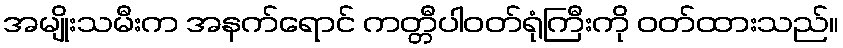
အမျိုးသမီးက အနက်ရောင် ကတ္တီပါဝတ်ရုံကြီးကို ဝတ်ထားသည်။